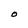
Character: O